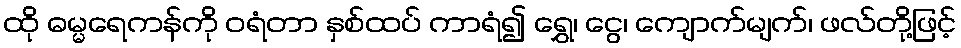
ထို ဓမ္မရေကန်ကို ဝရံတာ နှစ်ထပ် ကာရံ၍ ရွှေ၊ ငွေ၊ ကျောက်မျက်၊ ဖလ်တို့ဖြင့်